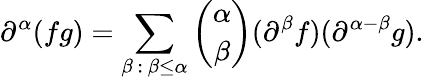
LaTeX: \partial^{\alpha}(fg)=\sum_{\beta\, :\, \beta\leq\alpha}{\binom{\alpha}{\beta}}(\partial^{\beta}f)(\partial^{\alpha-\beta}g).